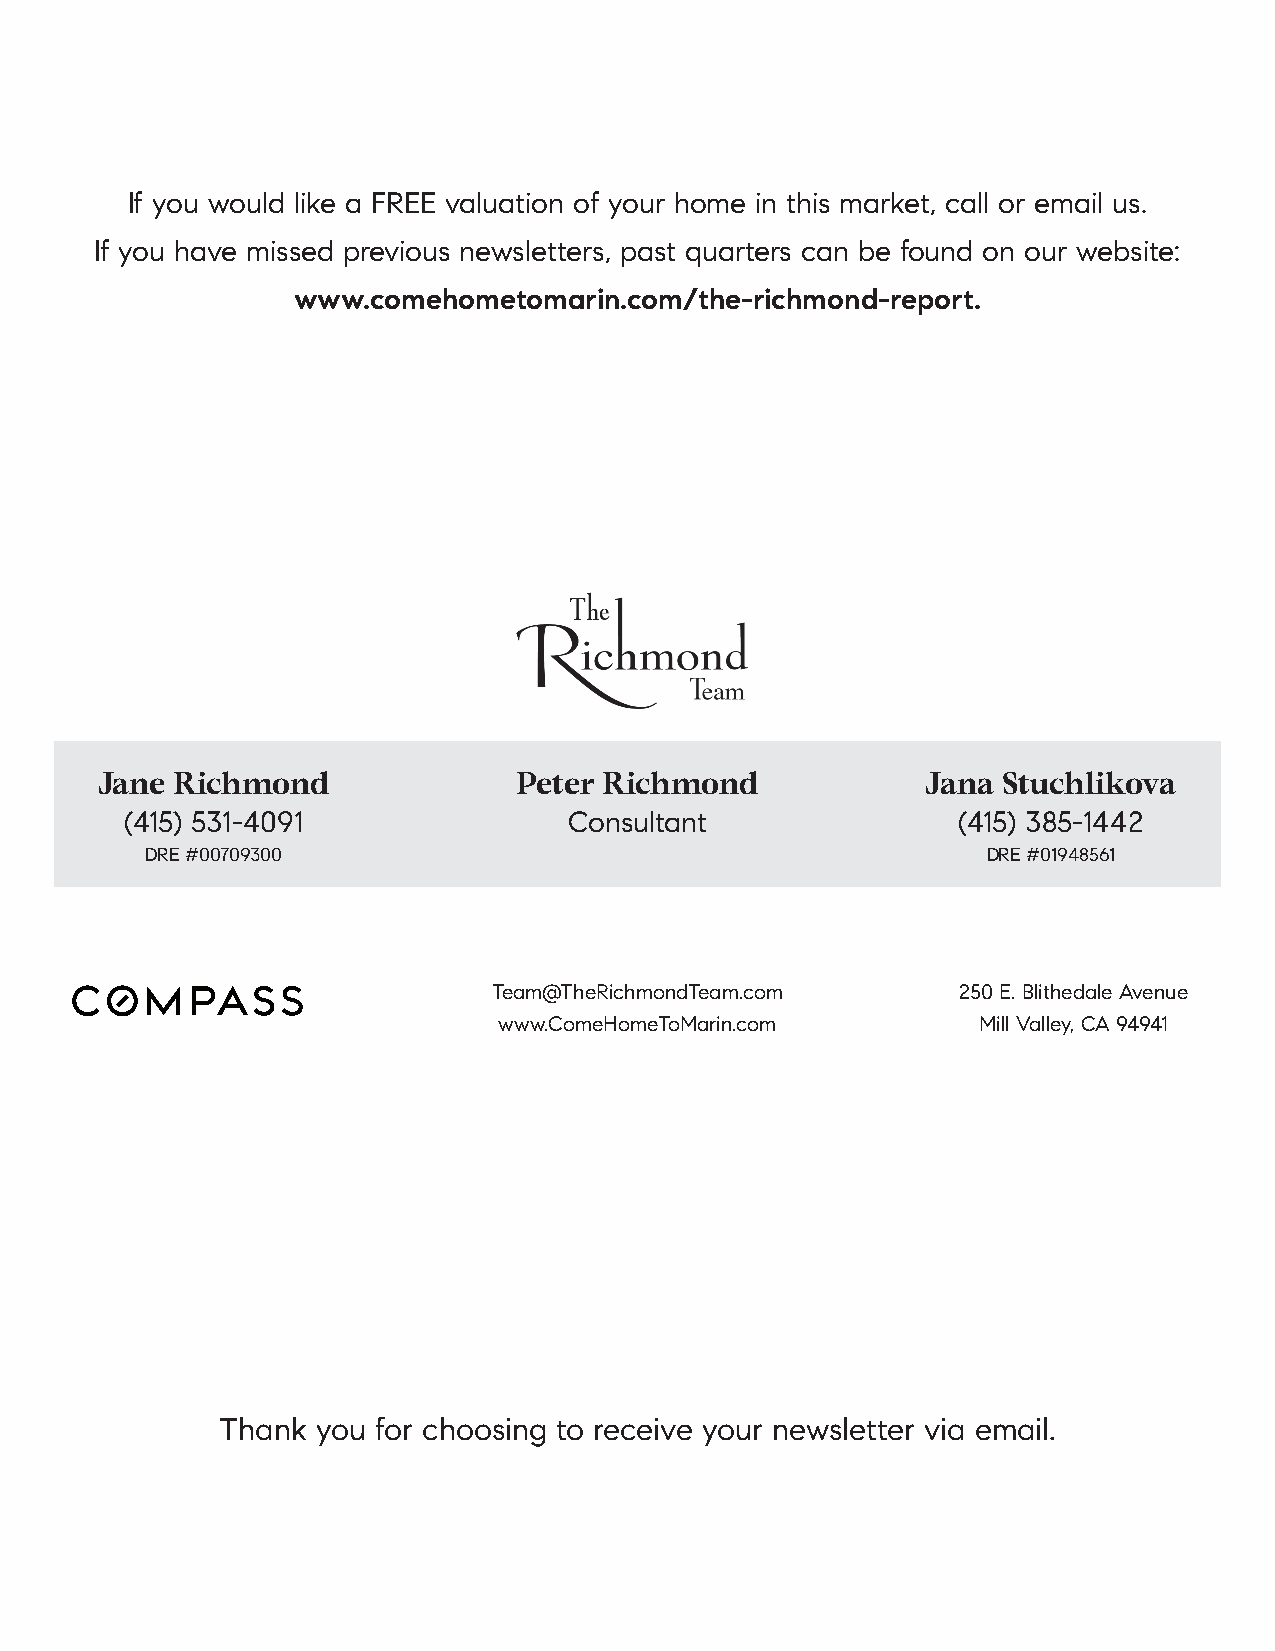
If you would like a FREE valuation of your home in this market, call or email us.
 If you have missed previous newsletters, past quarters can be found on our website:
 www.comehometomarin.com/the-richmond-report.
 Jane Richmond               Peter Richmond             Jana Stuchlikova
 (415) 531-4091                Consultant               (415) 385-1442
 DRE #00709300                                          DRE #01948561
 Team@TheRichmondTeam.com       250 E. Blithedale Avenue
 www.ComeHomeToMarin.com         Mill Valley, CA 94941
 Thank you for choosing to receive your newsletter via email.